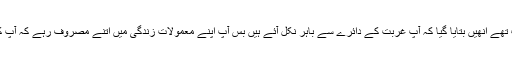
پہلے جو غریب تھے انھیں بتایا گیا کہ آپ غربت کے دائرے سے باہر نکل آئے ہیں بس آپ اپنے معمولات زندگی میں اتنے مصروف رہے کہ آپ کو پتہ نہیں چلا۔